Annual report on the Civil Veterinary Department, Burma (including the Insein Veterinary School) - 1910-1922
Year: 1910
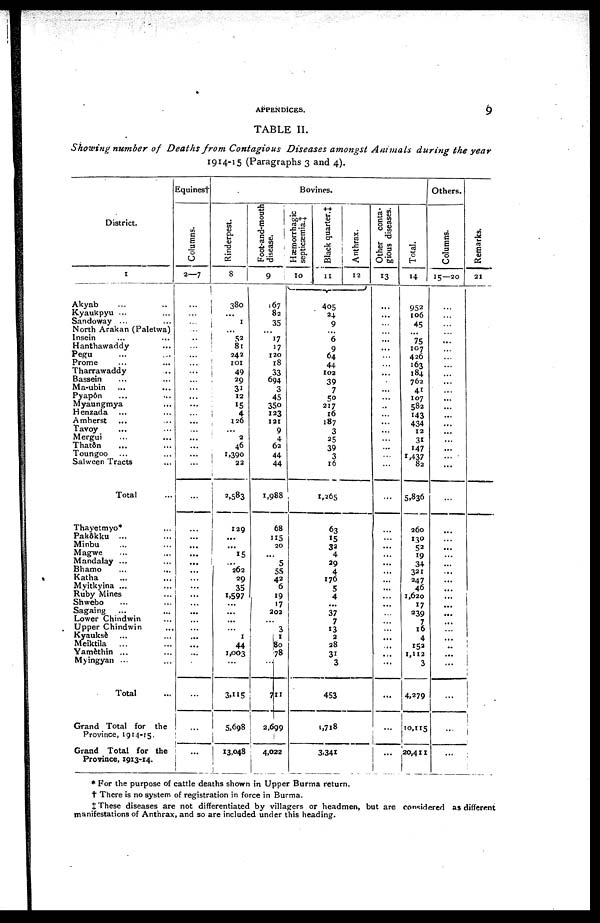
APPENDICES.
9
TABLE II.
Showing number of Deaths from Contagious Diseases amongst Animals during the year
1914-15 (Paragraphs 3 and 4).
District.
1
Akyab ... ...
Kyaukpyu ... ...
Sandoway ... ...
North Arakan (Paletwa)
Insein ... ...
Hanthawaddy ...
Pegu ... ...
Prome ... ...
Tharrawaddy ...
Bassein ... ...
Ma-ubin ... ...
Pyapôn ... ...
Myaungmya ...
Henzada ... ...
Amherst ... ...
Tavoy ... ...
Mergui ... ...
Thatôn ...
Toungoo ... ...
Salween Tracts ... ...
Total ...
Thayetmyo* ...
Pakôkku ... ...
Minbu ... ...
Magwe ... ...
Mandalay ... ...
Bhamo ... ...
Katha ... ...
Myitkyina ... ...
Ruby Mines
Shwebo ... ...
Sagaing ... ...
Lower Chindwin ...
Upper Chindwin ...
Kyauksè ... ...
Meiktila ... ...
Yamèthin ... ...
Myingyan ... ...
Total ...
Grand Total for the
Province, 1914-15.
Grand Total for the
Province, 1913-14.
Equines†
Columns.
2—7
...
...
...
..
..
...
...
...
...
...
...
...
...
...
...
...
...
...
...
...
...
...
...
......
...
...
...
......
......
...
...
...
...
...
...
...
...
...
...
...
...
Bovines.
Rinderpest.
8
380
...
1
...
52
81
242
101
49
29
31
12
15
4
126
...
2
46
1,390
22
2,583
129
...
...
15
...
262
29
35
1,597
...
...
...
...
1
44
1,003
...
3,115
5,698
13,048
Foot-and-mouth
disease.
9
167
82
35
...
17
17
120
18
33
694
3
45
350
123
121
9
4
62
44
44
1,988
68
115
20
...
5
55
42
6
19
17
202
......
3
1
80
78
...
711
2,699
4,022
Hæmorrhagic
septicæmia.‡
10
Black quarter.‡
11
405
24
9
...
6
9
64
44
102
39
7
50
217
16
187
3
25
39
3
16
1,265
63
15
32
4
29
4
176
5
4
...
37
7
13
2
28
31
3
453
1,718
3,341
Anthrax.
12
Other conta-
gious diseases.
13
...
...
...
...
...
...
...
...
...
...
...
...
..
...
...
...
...
...
...
...
...
...
...
...
...
...
...
...
...
...
...
...
...
...
......
...
...
...
...
...
...
Total.
14
952
106
45
...
75
107
426
163
184
762
41
107
582
143
434
12
31
147
1,437
82
5,836
260
130
52
19
34
321
247
46
1,620
17
239
7
16
4
152
1,112
3
4,279
10,115
20,411
Others.
Columns.
15—20
...
...
...
...
...
...
...
...
...
...
...
...
...
...
...
...
...
...
...
...
...
...
......
......
...
...
...
...
...
...
...
...
...
...
......
..
...
...
...
...
...
Re ma r
ks .
21
* For the purpose of cattle deaths shown in Upper Burma return.
† There is no system of registration in force in Burma.
‡ These diseases are not differentiated by villagers or headmen, but are considered as different
manifestations of Anthrax, and so are included under this heading.